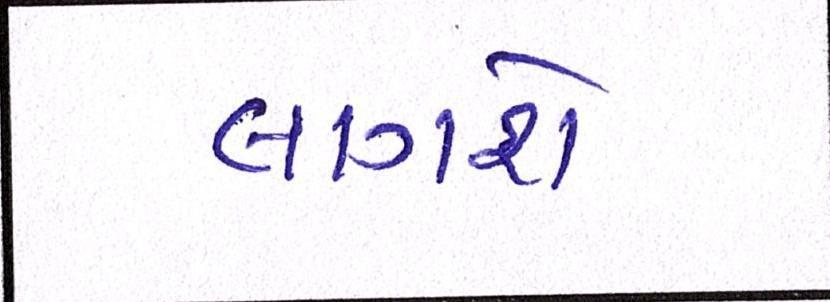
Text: લાગશે